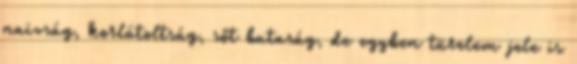
naivság, korlátoltság, sőt butaság, de egyben türelem jele is